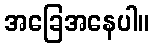
အခြေအနေပါ။